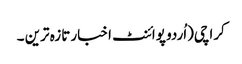
کراچی(اُردو پوائنٹ اخبار تازہ ترین ۔